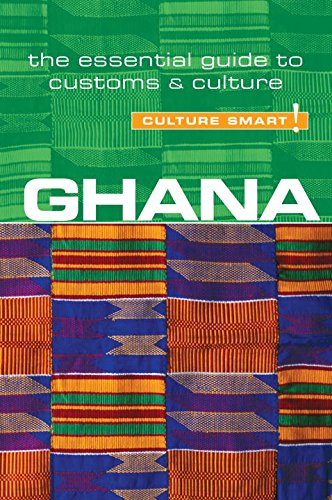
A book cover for Ghana - Culture Smart!: The Essential Guide to Customs & Culture; Ian Utley; Travel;